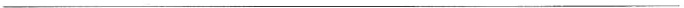
___